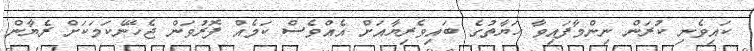
ކައިވެނި ކުރަން ނިންމާފައިވާ ހަޔާތުގެ ބައިވެރިޔާއަށް އެއްވެސް ކަމެއް ފޮރުވަން ޖެހޭނެކަމަކަށް ރެޔާން